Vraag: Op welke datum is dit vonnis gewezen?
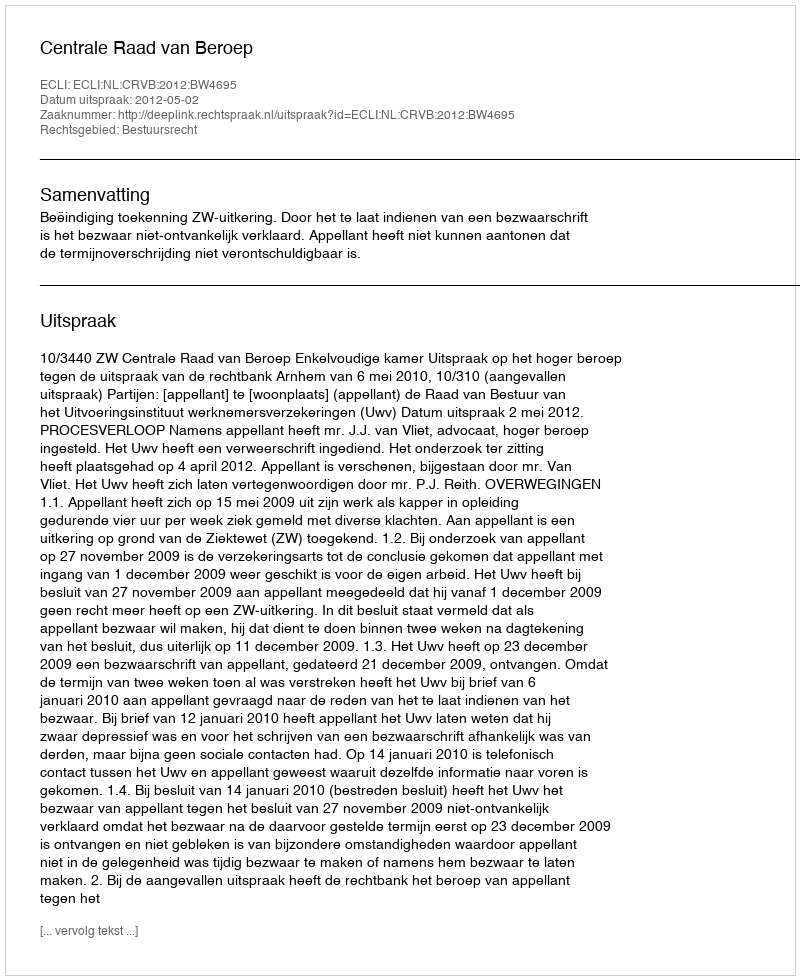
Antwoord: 2012-05-02